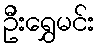
ဦးရွှေမင်း